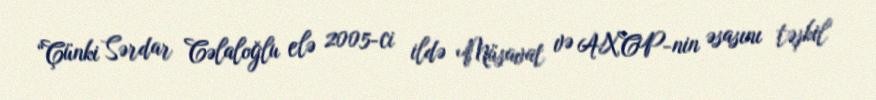
“Çünki Sərdar Cəlaloğlu elə 2005-ci ildə Müsavat və AXCP-nin əsasını təşkil